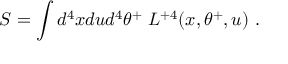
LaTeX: S = \int d ^ { 4 } x d u d ^ { 4 } \theta ^ { + } \; L ^ { + 4 } ( x , \theta ^ { + } , u ) \ .